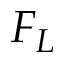
F _ { L }